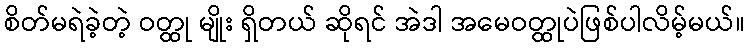
စိတ်မရဲခဲ့တဲ့ ဝတ္ထု မျိုး ရှိတယ် ဆိုရင် အဲဒါ အမေဝတ္ထုပဲဖြစ်ပါလိမ့်မယ်။